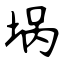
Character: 埚